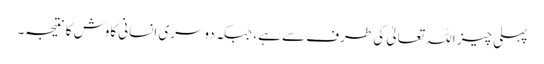
پہلی چیز اللہ تعالیٰ کی طرف سے ہے، جبکہ دوسری انسانی کاوش کا نتیجہ۔